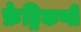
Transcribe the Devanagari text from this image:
फ्रेड्रिकणी